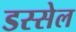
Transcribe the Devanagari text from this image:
डस्सेल